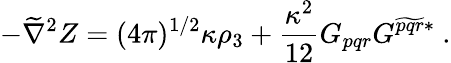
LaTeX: -\widetilde\nabla^{2}Z=(4\pi)^{1/2}\kappa\rho_{3}+\frac{\kappa^{2}}{12}G_{pqr}G^{\widetilde{pqr}*}\ .